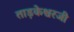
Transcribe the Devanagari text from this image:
ताड़केश्वरजी